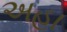
અહા